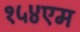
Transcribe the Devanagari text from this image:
१५४एम